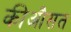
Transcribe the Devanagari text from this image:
कीऔसत